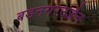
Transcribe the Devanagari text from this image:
बडनगरउज्जैन